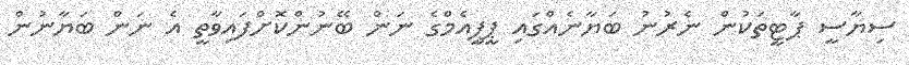
ސިޔާސީ ޕާޓީތަކުން ނެރުނު ބަޔާނެއްގައި ޕީޕީއެމްގެ ނަން ބޭނުންކޮށްފައިވާތީ އެ ނަން ބަޔާނުން